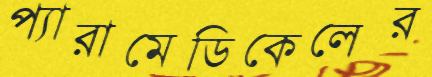
প্যারামেডিকেলের